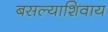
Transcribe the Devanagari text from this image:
बसल्याशिवाय